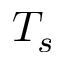
T _ { s }